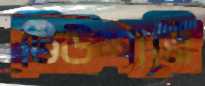
টিউশানি